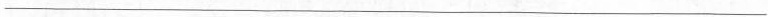
___